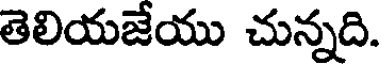
తెలియజేయు చున్నది.